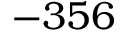
- 3 5 6